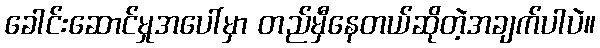
ခေါင်းဆောင်မှုအပေါ်မှာ တည်မှီနေတယ်ဆိုတဲ့အချက်ပါပဲ။